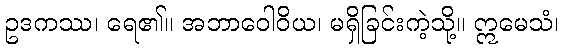
ဥဒကဿ၊ ရေ၏။ အဘာဝေါဝိယ၊ မရှိခြင်းကဲ့သို့။ ဣမေသံ၊